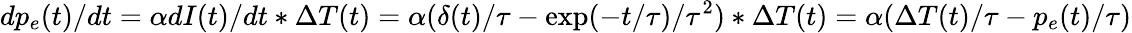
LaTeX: dp_{e}(t)/dt=\alpha dI(t)/dt\ast\Delta T(t)=\alpha(\delta(t)/\tau-\exp(-t/\tau)/\tau^{2})\ast\Delta T(t)=\alpha(\Delta T(t)/\tau-p_{e}(t)/\tau)